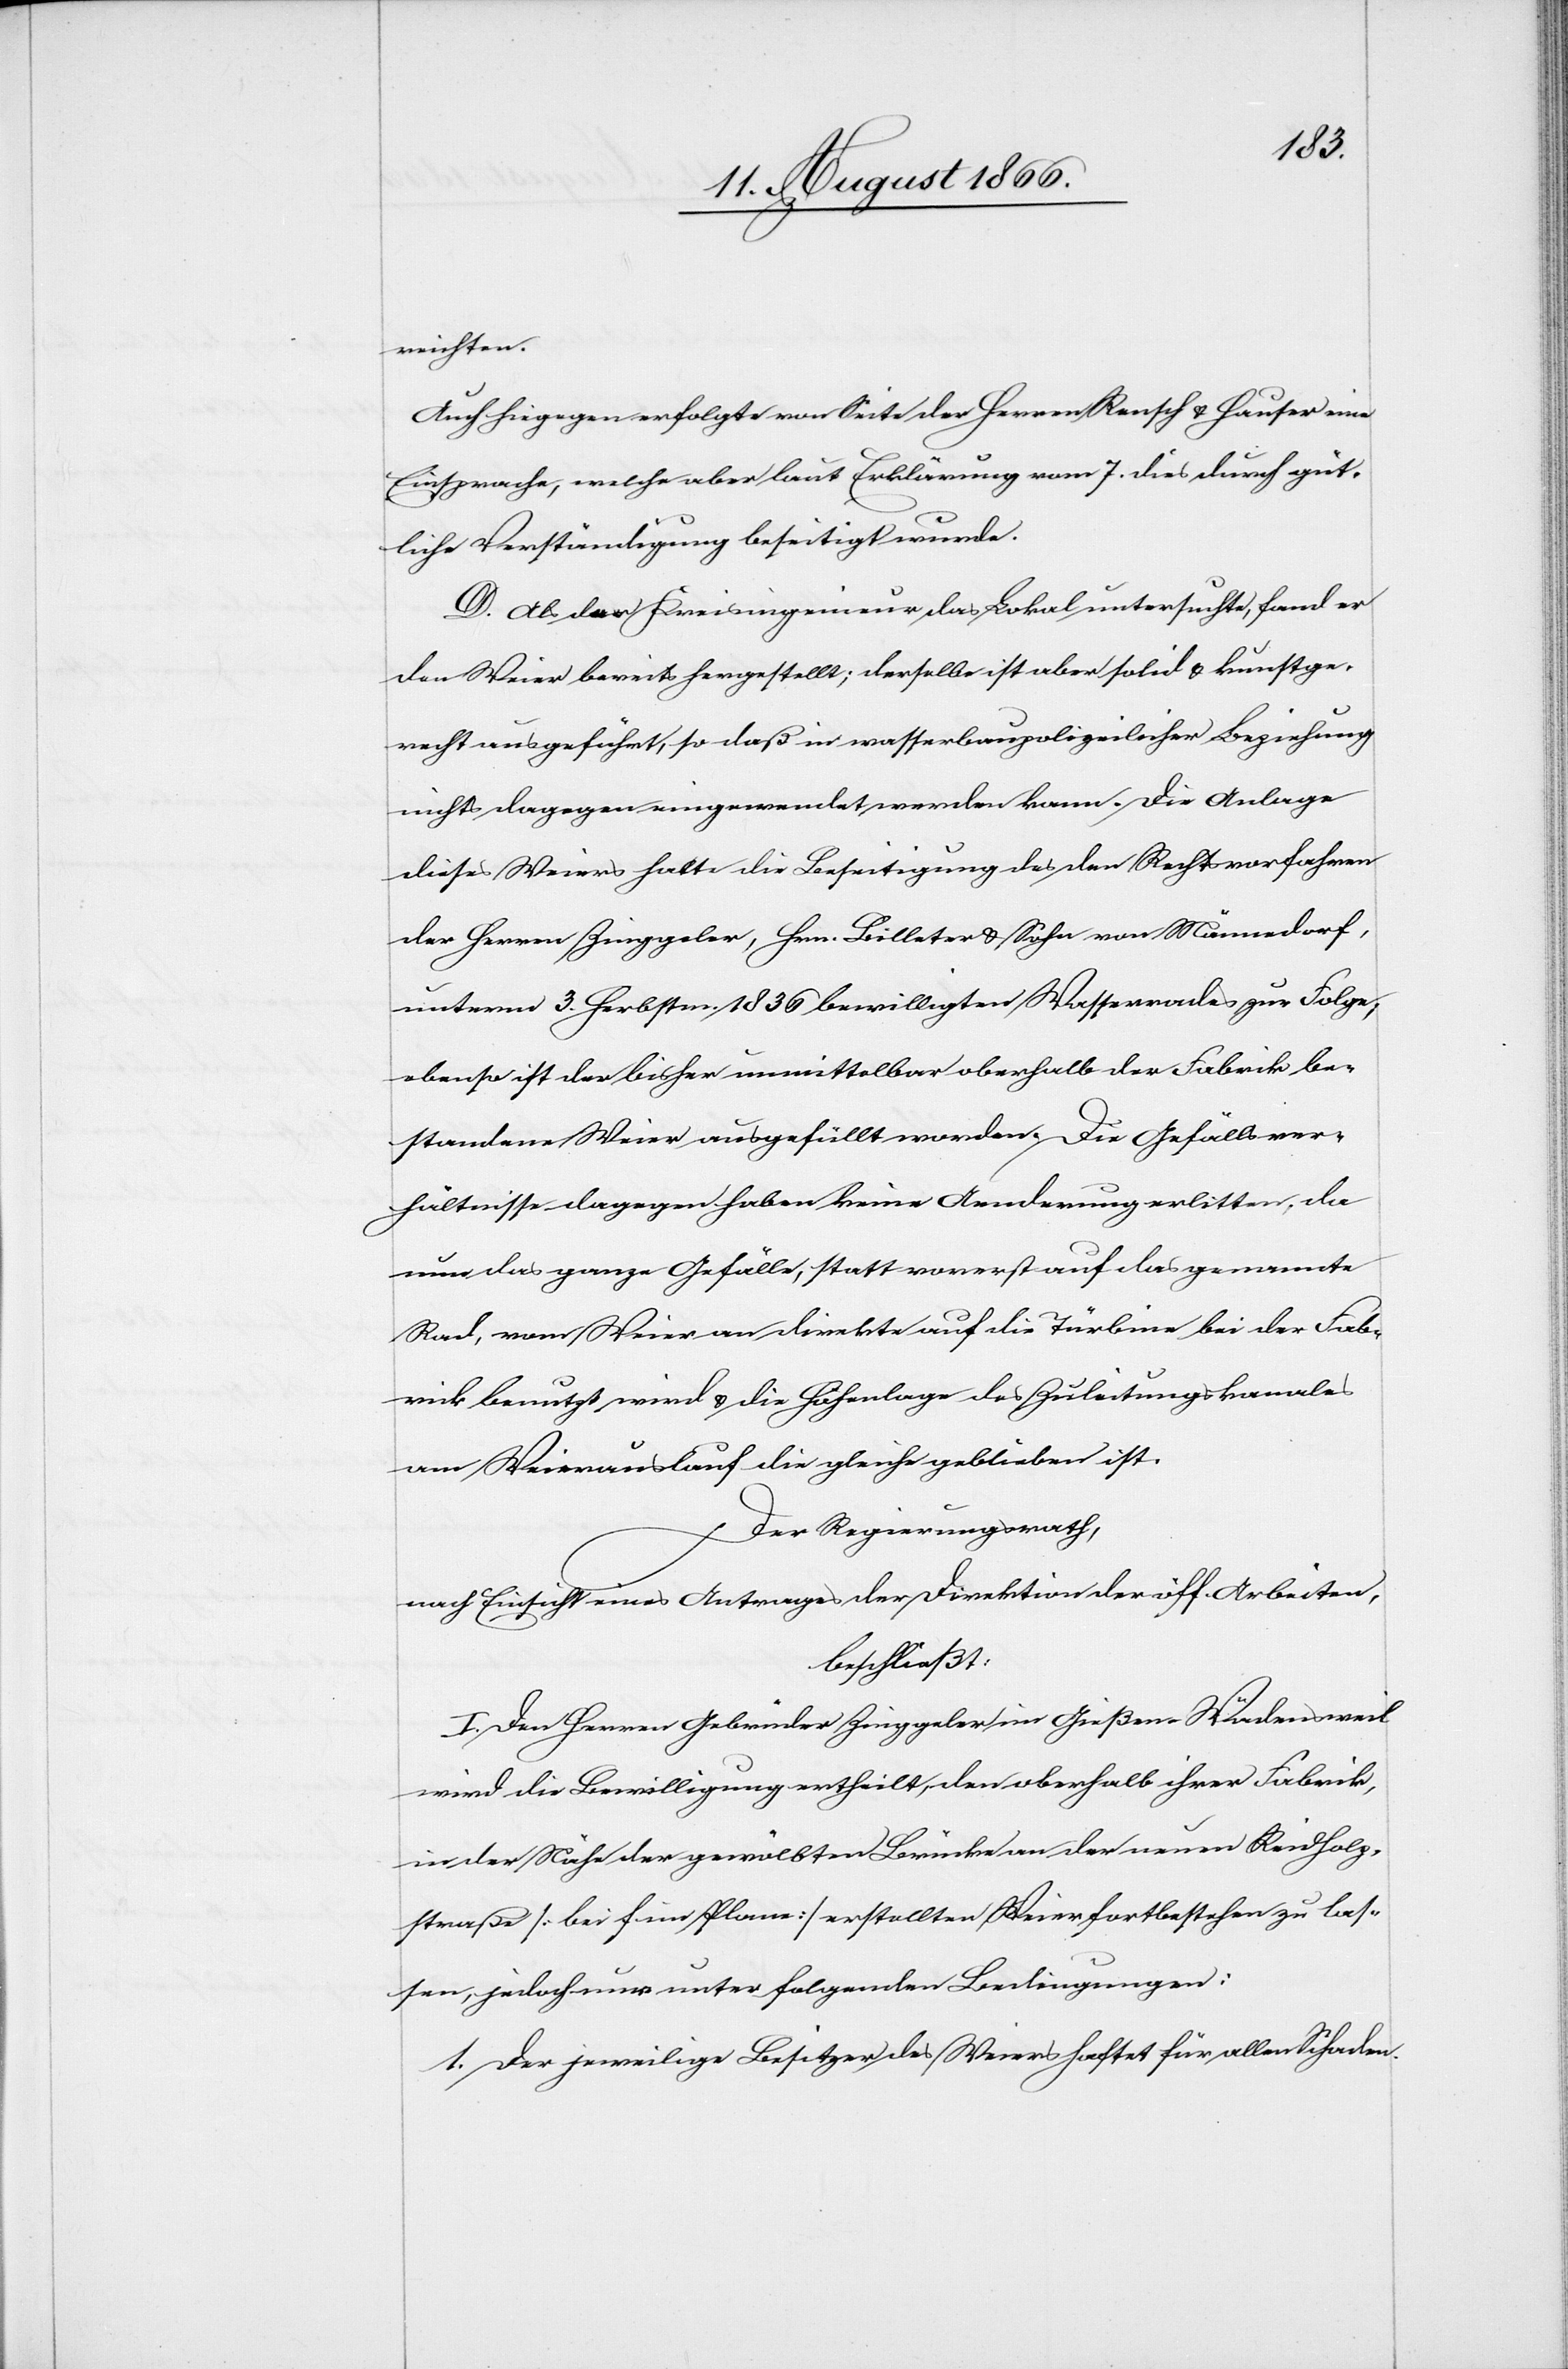
reichten.
Auch hiegegen erfolgte von Seite der Herren Rensch u. Hauser eine
Einsprache, welche aber laut Erklärung vom 7. dies durch güt¬
liche Verständigung beseitigt wurde.
D. Als der Kreisingenieur das Lokal untersuchte, fand er
den Weier bereits hergestellt; derselbe ist aber solid u. kunstge¬
recht ausgeführt, so daß in wasserbaupolizeilicher Beziehung
nichts dagegen eingewendet werden kann. Die Anlage
dieses Weiers hatte die Beseitigung des den Rechtsvorfahren
der Herren Zinggeler, Hrn. Billeter u. Söhne von Männedorf,
unterm 3. Herbstm. 1836 bewilligten Wasserrades zur Folge,
ebenso ist der bisher unmittelbar oberhalb der Fabrik be¬
standene Weier ausgefüllt worden. Die Gefällsver¬
hältnisse dagegen haben keine Aenderung erlitten, da
nun das ganze Gefälle, statt vorerst auf das genannte
Rad, vom Weier an direkte auf die Türbine bei der Fab¬
rik benutzt wird u. die Höhenlage des Zuleitungskanales
am Weierauslauf die gleiche geblieben ist.
Der Regierungsrath,
nach Einsicht eines Antrages der Direktion der öff. Arbeiten,
beschließt:
I. Den Herren Gebrüder Zinggeler im Gießen-Wädensweil
wird die Bewilligung ertheilt, den oberhalb ihrer Fabrik,
in der Nähe der gewölbten Brücke an der neuen Reidholz¬
straße [bei f im Plane] erstellten Weier fortbestehen zu las¬
sen, jedoch nur unter folgenden Bedingungen:
1. Der jeweilige Besitzer des Weiers haftet für allen Schaden